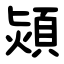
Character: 熲